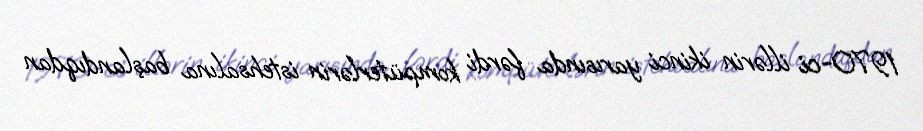
1970-ci illərin ikinci yarısında fərdi kompüterlərin istehsalına başlandıqdan